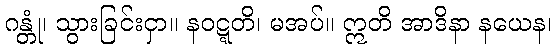
ဂန္တုံ၊ သွားခြင်းငှာ။ နဝဋ္ဋတိ၊ မအပ်။ ဣတိ အာဒိနာ နယေန၊